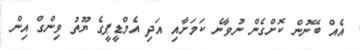
އެއް ބޭނުން ކޮށްގެން ނުވާނެ ކަމަށާއި އަދި އެމްޑީޕީގެ ޔޫތު ވިންގް އިން